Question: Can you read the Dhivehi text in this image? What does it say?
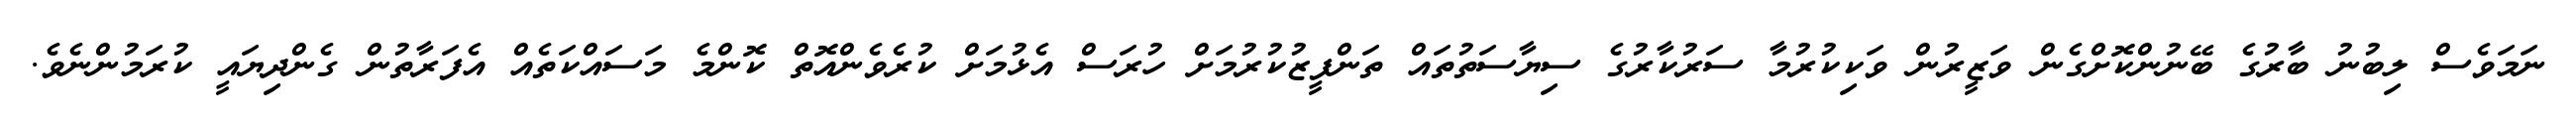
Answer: ނަމަވެސް ލިބުނު ބާރުގެ ބޭނުންކޮށްގެން ވަޒީރުން ވަކިކުރުމާ ސަރުކާރުގެ ސިޔާސަތުތައް ތަންފީޒުކުރުމަށް ހުރަސް އެޅުމަށް ކުރެވެންއޮތް ކޮންމެ މަސައްކަތެއް އެފަރާތުން ގެންދިޔައީ ކުރަމުންނެވެ.